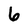
Character: 6